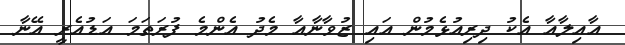
އާއިލާއާ އެކު ދިރިއުޅެމުން އަައި ޒުވާނާއާ މެދު އެންމެ ފުރަތަމަ އަޑުއެރީ އޭނާ